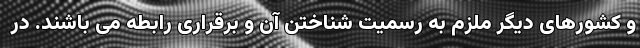
و کشورهای دیگر ملزم به رسمیت شناختن آن و برقراری رابطه می باشند. در